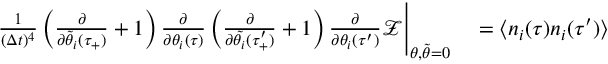
\begin{array} { r l } { \frac { 1 } { ( \Delta t ) ^ { 4 } } \left( \frac { \partial } { \partial \tilde { \theta } _ { i } ( \tau _ { + } ) } + 1 \right) \frac { \partial } { \partial \theta _ { i } ( \tau ) } \left( \frac { \partial } { \partial \tilde { \theta _ { i } } ( \tau _ { + } ^ { \prime } ) } + 1 \right) \frac { \partial } { \partial \theta _ { i } ( \tau ^ { \prime } ) } \mathcal { Z } \Bigg | _ { \theta , \tilde { \theta } = 0 } } & { { } = \langle n _ { i } ( \tau ) n _ { i } ( \tau ^ { \prime } ) \rangle } \end{array}